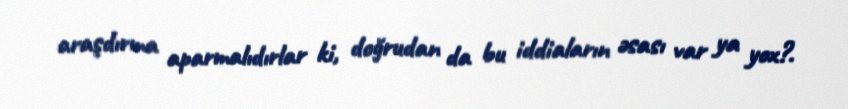
araşdırma aparmalıdırlar ki, doğrudan da bu iddiaların əsası var ya yox?.